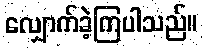
လျှောက်ခဲ့ကြပါသည်။